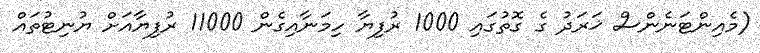
(މެއިންޓަނެންސް ޚަރަދު ގެ ގޮތުގައި 1000 ރުފިޔާ ހިމަނާއިގެން 11000 ރުފިޔާއަށް ޔުނިޓުތައް